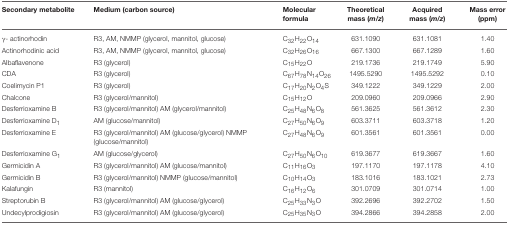
<table><thead><tr><td><b>Secondary metabolite</b></td><td><b>Medium (carbon source)</b></td><td><b>Molecular formula</b></td><td><b>Theoretical mass (<i>m</i>/<i>z</i>)</b></td><td><b>Acquired mass (<i>m</i>/<i>z</i>)</b></td><td><b>Mass error (ppm)</b></td></tr></thead><tbody><tr><td>γ- actinorhodin</td><td>R3, AM, NMMP (glycerol, mannitol, glucose)</td><td>C<sub>32</sub>H<sub>22</sub>O<sub>14</sub></td><td>631.1090</td><td>631.1081</td><td>1.40</td></tr><tr><td>Actinorhodinic acid</td><td>R3, AM, NMMP (glycerol, mannitol, glucose)</td><td>C<sub>32</sub>H<sub>26</sub>O<sub>16</sub></td><td>667.1300</td><td>667.1289</td><td>1.60</td></tr><tr><td>Albaflavenone</td><td>R3 (glycerol)</td><td>C<sub>15</sub>H<sub>22</sub>O</td><td>219.1736</td><td>219.1749</td><td>5.90</td></tr><tr><td>CDA</td><td>R3 (glycerol)</td><td>C<sub>67</sub>H<sub>78</sub>N<sub>14</sub>O<sub>26</sub></td><td>1495.5290</td><td>1495.5292</td><td>0.10</td></tr><tr><td>Coelimycin P1</td><td>R3 (glycerol)</td><td>C<sub>17</sub>H<sub>20</sub>N<sub>2</sub>O<sub>4</sub>S</td><td>349.1222</td><td>349.1229</td><td>2.00</td></tr><tr><td>Chalcone</td><td>R3 (glycerol/mannitol)</td><td>C<sub>15</sub>H<sub>12</sub>O</td><td>209.0960</td><td>209.0966</td><td>2.90</td></tr><tr><td>Desferrioxamine B</td><td>R3 (glycerol/mannitol) AM (glycerol/mannitol)</td><td>C<sub>25</sub>H<sub>48</sub>N<sub>6</sub>O<sub>8</sub></td><td>561.3625</td><td>561.3612</td><td>2.30</td></tr><tr><td>Desferrioxamine D<sub>1</sub></td><td>AM (glucose/mannitol)</td><td>C<sub>27</sub>H<sub>50</sub>N<sub>6</sub>O<sub>9</sub></td><td>603.3711</td><td>603.3718</td><td>1.20</td></tr><tr><td>Desferrioxamine E</td><td>R3 (glycerol/mannitol) AM (glucose/glycerol) NMMP (glucose/mannitol)</td><td>C<sub>27</sub>H<sub>48</sub>N<sub>6</sub>O<sub>9</sub></td><td>601.3561</td><td>601.3561</td><td>0.00</td></tr><tr><td>Desferrioxamine G<sub>1</sub></td><td>AM (glucose/glycerol)</td><td>C<sub>27</sub>H<sub>50</sub>N<sub>6</sub>O<sub>10</sub></td><td>619.3677</td><td>619.3667</td><td>1.60</td></tr><tr><td>Germicidin A</td><td>R3 (glycerol/mannitol) AM (glucose/mannitol)</td><td>C<sub>11</sub>H<sub>16</sub>O<sub>3</sub></td><td>197.1170</td><td>197.1178</td><td>4.10</td></tr><tr><td>Germicidin B</td><td>R3 (glycerol/mannitol) NMMP (glucose/mannitol)</td><td>C<sub>10</sub>H<sub>14</sub>O<sub>3</sub></td><td>183.1016</td><td>183.1021</td><td>2.73</td></tr><tr><td>Kalafungin</td><td>R3 (mannitol)</td><td>C<sub>16</sub>H<sub>12</sub>O<sub>6</sub></td><td>301.0709</td><td>301.0714</td><td>1.00</td></tr><tr><td>Streptorubin B</td><td>R3 (glycerol/mannitol) AM (glucose/glycerol)</td><td>C<sub>25</sub>H<sub>33</sub>N<sub>3</sub>O</td><td>392.2696</td><td>392.2702</td><td>1.50</td></tr><tr><td>Undecylprodigiosin</td><td>R3 (glycerol/mannitol) AM (glucose/glycerol)</td><td>C<sub>25</sub>H<sub>35</sub>N<sub>3</sub>O</td><td>394.2866</td><td>394.2858</td><td>2.00</td></tr></tbody></table>